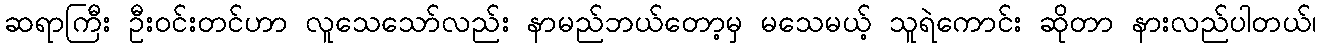
ဆရာကြီး ဦးဝင်းတင်ဟာ လူသေသော်လည်း နာမည်ဘယ်တော့မှ မသေမယ့် သူရဲကောင်း ဆိုတာ နားလည်ပါတယ်၊